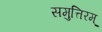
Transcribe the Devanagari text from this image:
समुत्तिरम्